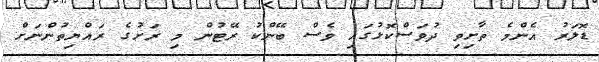
ޑޮލަރު އެންމެ ތާށިވި ދުވަސްކޮޅުގައި ވެސް ބޭންކު ރޭޓުން މި ރަށުގެ ރައްޔިތުންނަށް